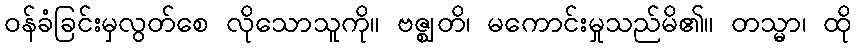
ဝန်ခံခြင်းမှလွတ်စေ လိုသောသူကို။ ဗဇ္ဈတိ၊ မကောင်းမှုသည်မိ၏။ တသ္မာ၊ ထို